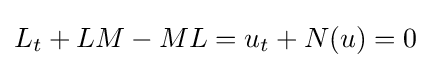
L_{t}+LM-ML=u_{t}+N(u)=0